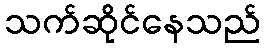
သက်ဆိုင်နေသည်